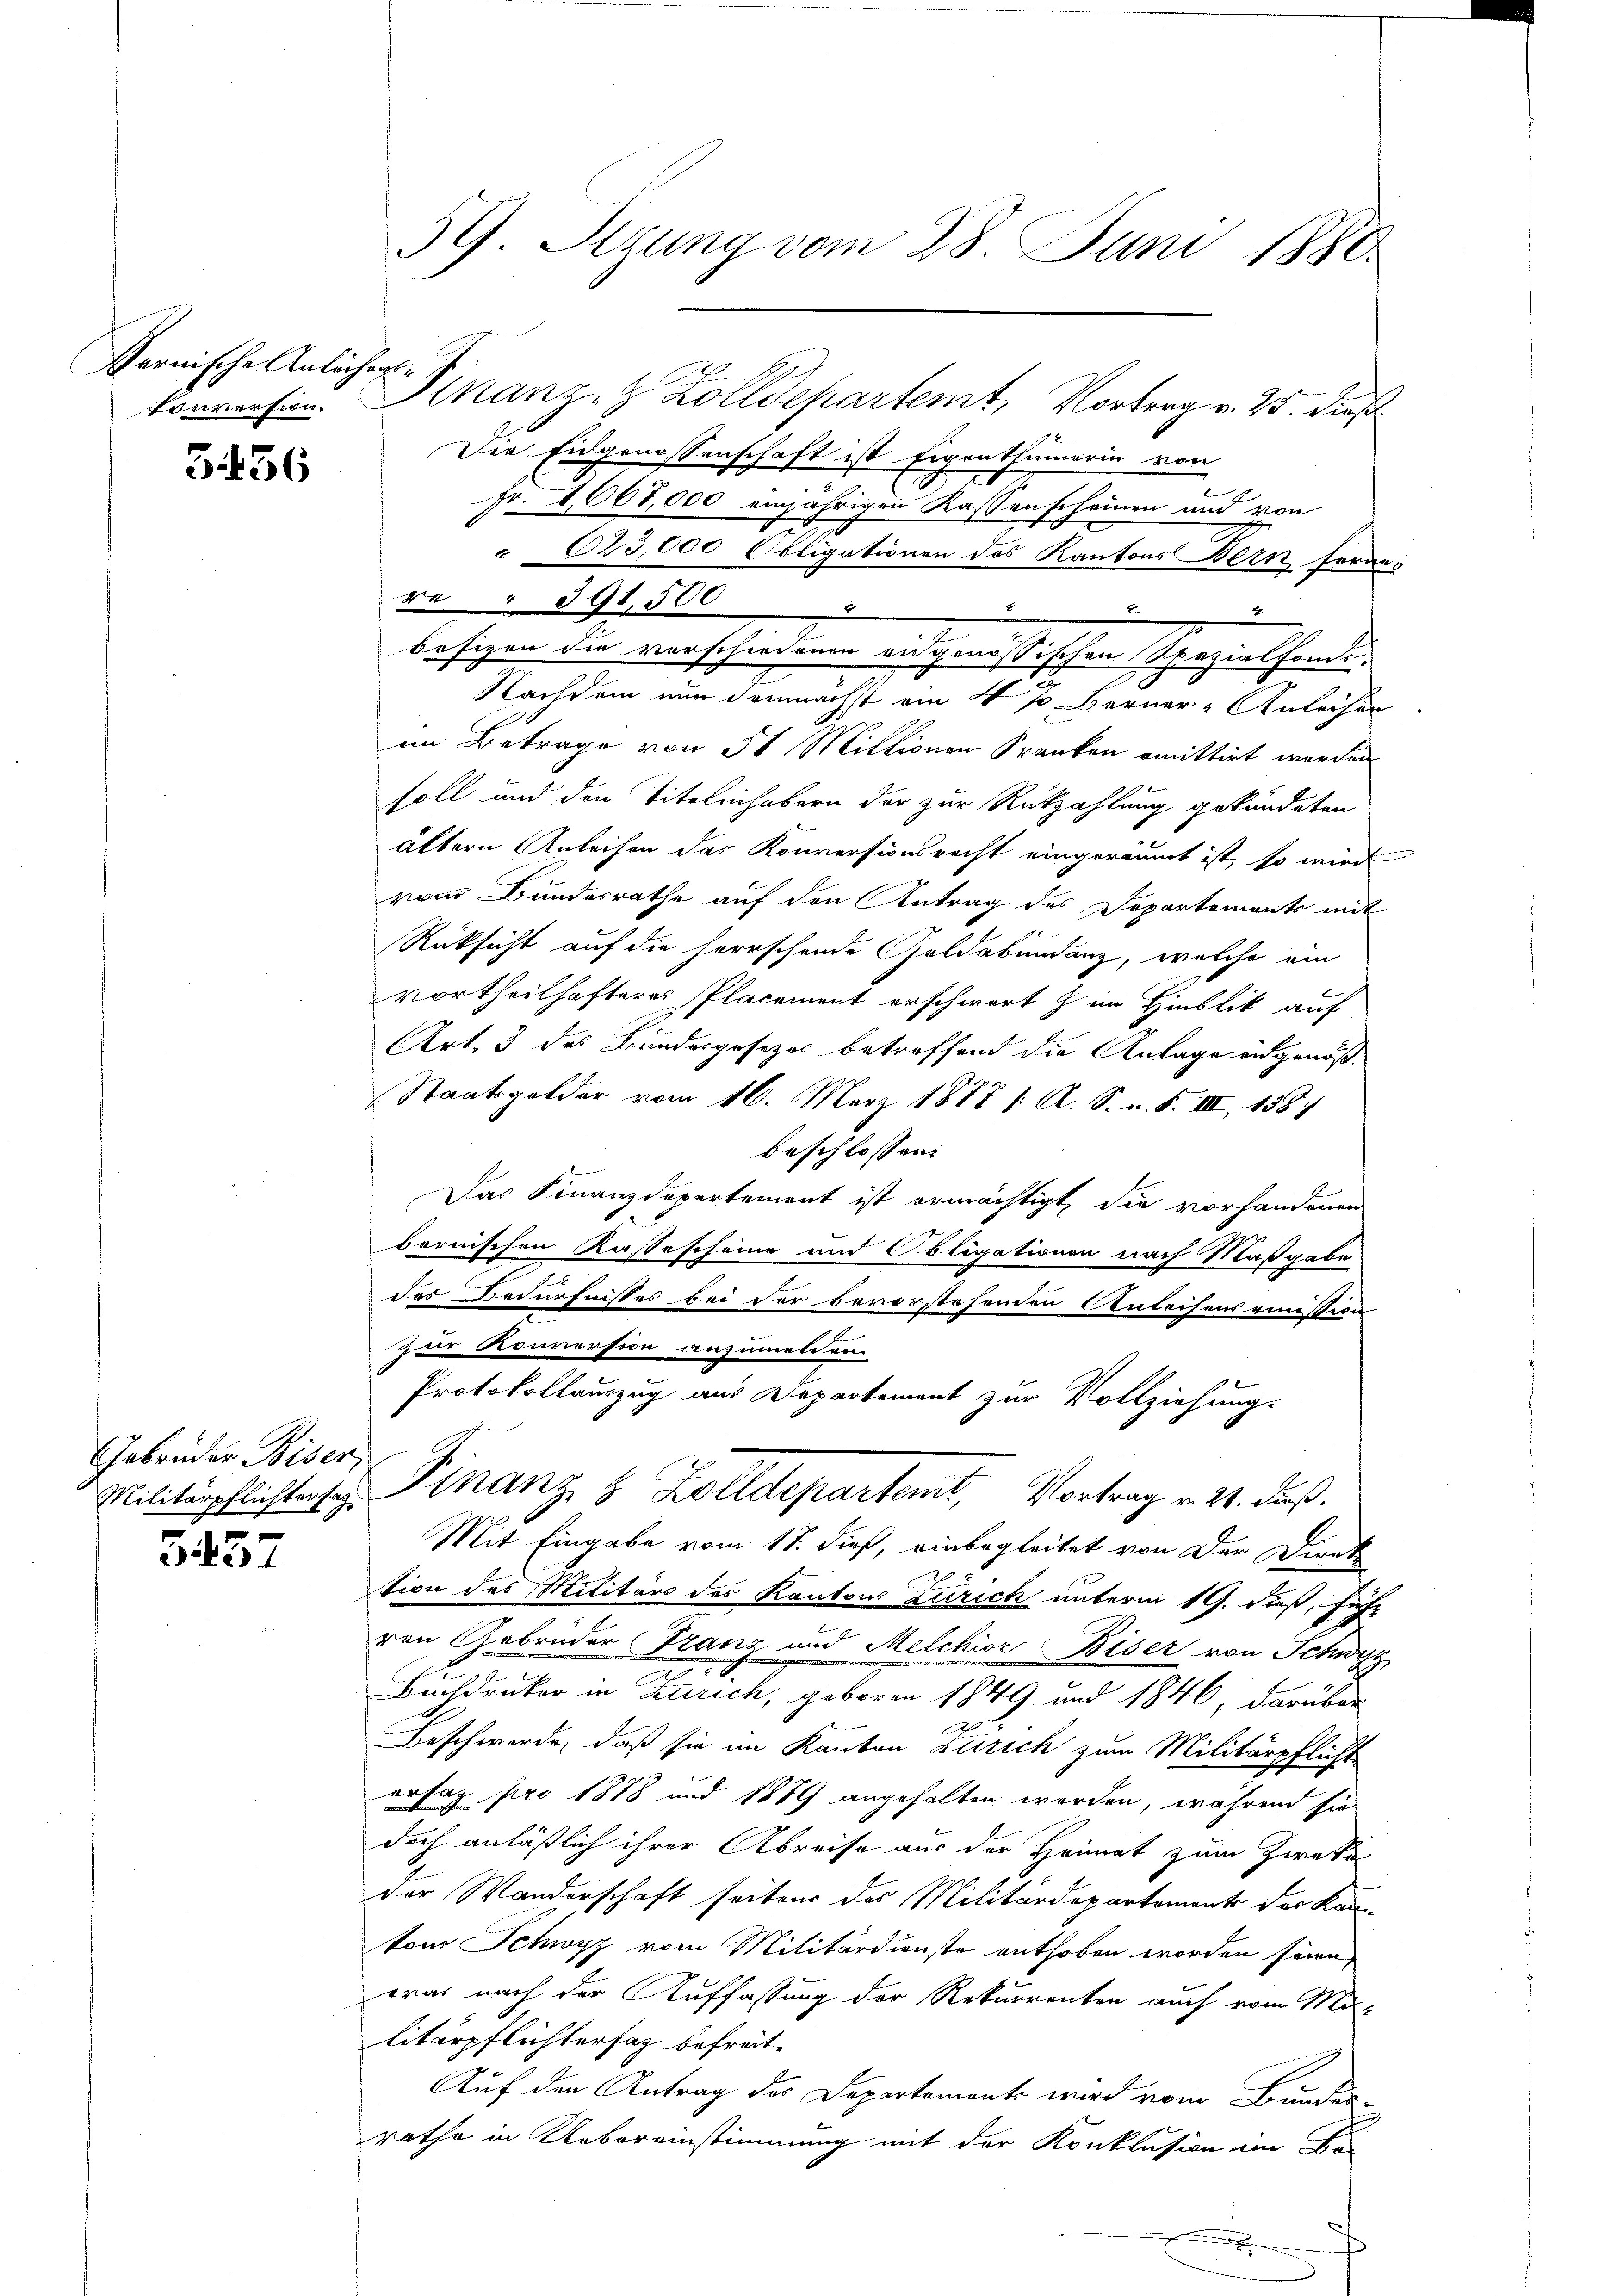
Pernische Anlächens-

5436

Gebrüder Biser,

5437

39. Sizung vom 28. Juni 1880.

Die Eidgenossenschaft ist Eigenthumerin von
Fr. 1068,000 einjährigen Kassenscheinen und von
 623,000 Coligationen des Kantons Bern, formen
besizen die verschiedenen eidgenössischen Spezialfons
Nachdem nun demnächst ein 4 p. Berner-Anleihen
im Betrage von 5 Miltionen Franken emittirt werden
soll und den Titelinhabern der zur Rückzahlung gekündeten
ältern Anleihen das Konversionsrecht eingeräumt ist, so wird
vom Bundesrathe auf den Antrag des Departements mit
Rüksicht auf die herrschende Geldabundenz, welche ein
vortheilhafteres Placement erschwort z im Hinblik auf
Art. 3 des Bundesposezes betreffend die Anlage eidgenöß¬
Staatsgelder vom 16. März 1877 /: A. S. u. S. III, 158
beschlossen:
Das Finanzdepartement ist ermächtigt, die vorhandenen
bornischen Kassescheine und Obligationen nach Maßgabe
des Bedürfnisses bei der bevorstehenden Anteisens eine Stra
Zur Konversion anzumelden
Protokollauszug aus Departement zur Vollziehung.
Militärpflichters Finanz 8 Zolldepartemt, Vortrag v. 21. Fuß.
Mit Eingabe vom 17. dieß, einbegleitet von der Direk
tion des Militärs des Kantons Zürich unterm 19. Fuß, führ
ren Gebrüder Franz und Melchior Biser von Schwy
Buchdruker in Zürich, geboren 1849 und 1840, darüber
Beschwerde, daß sie im Kanton Zürich zum Militärpflicht
ersag pro 1878 und 1889 angeholten werden, während sie
doch anläßlich ihrer Abreise aus der Heimat zum Zweke
der Wanderschaft seitens des Militärdepartements der Kon-
ton Schwyz vom Militärdienste enthoben worden seien,
war nach der Auffassung der Rekurrenten auch vom Molitärpflichtersaz befreit-
Auf den Antrag des Departement wird vom Bunden
rathe in Uebereinstimmung mit der Konklusion im Be-

re . 391,500

konversin. Finanz- & Zolldepartemt, Vortrag v. 25. dieß

“
d